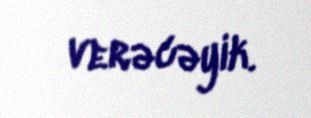
verəcəyik.